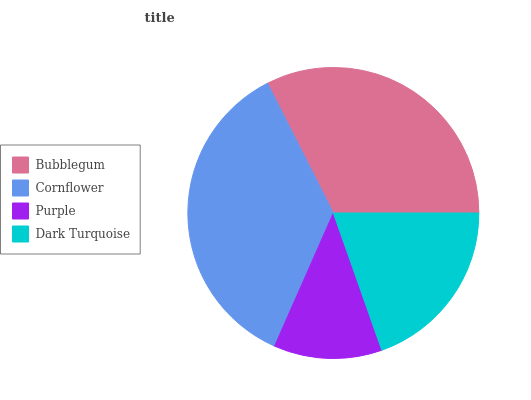
| Bubblegum | Cornflower | Purple | Dark Turquoise |
 | --- | --- | --- | --- |
 | 32.5% | 36% | 12% | 19.6% |